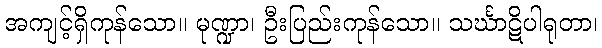
အကျင့်ရှိကုန်သော။ မုဏ္ဍာ၊ ဦးပြည်းကုန်သော။ သင်္ဃာဋိပါရုတာ၊